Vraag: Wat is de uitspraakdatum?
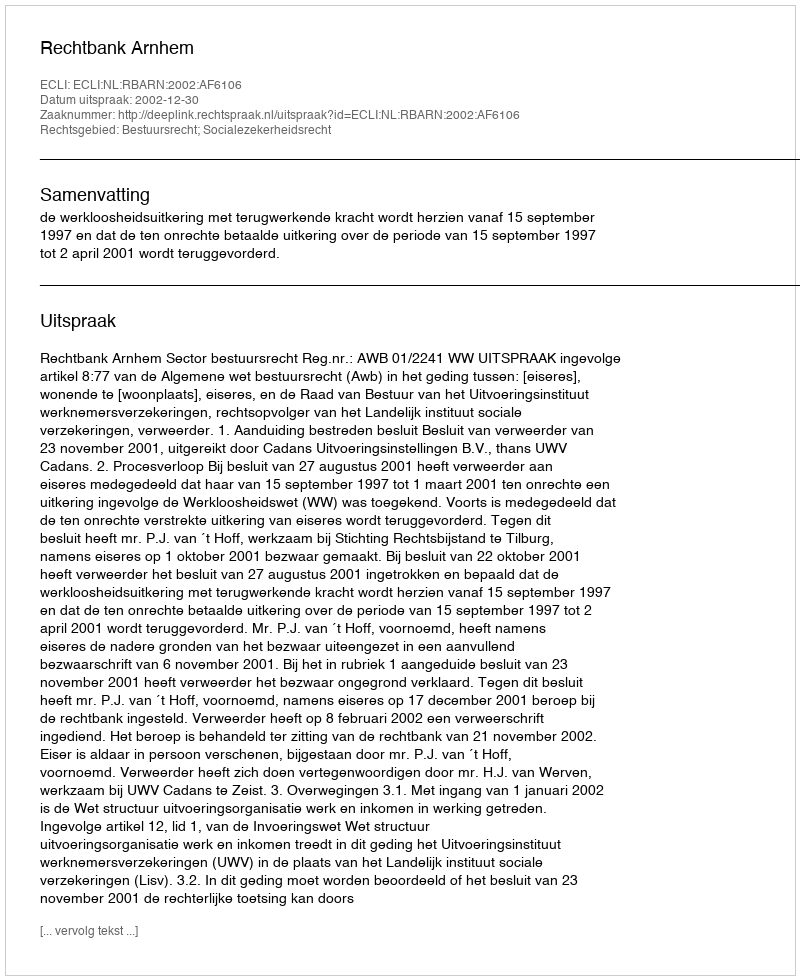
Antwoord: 2002-12-30